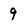
Character: 9